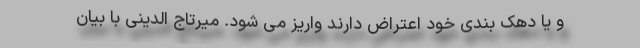
و یا دهک بندی خود اعتراض دارند واریز می شود. میرتاج الدینی با بیان